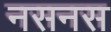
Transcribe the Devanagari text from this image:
नसनस